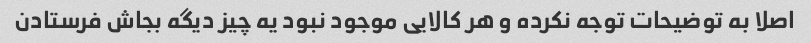
اصلا به توضیحات توجه نکرده و هر کالایی موجود نبود یه چیز دیگه بجاش فرستادن